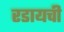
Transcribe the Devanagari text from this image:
रडायची